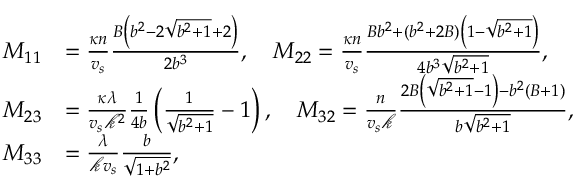
\begin{array} { r l } { M _ { 1 1 } } & { = \frac { \kappa n } { v _ { s } } \frac { B \left( b ^ { 2 } - 2 \sqrt { b ^ { 2 } + 1 } + 2 \right) } { 2 b ^ { 3 } } , \quad M _ { 2 2 } = \frac { \kappa n } { v _ { s } } \frac { B b ^ { 2 } + ( b ^ { 2 } + 2 B ) \left( 1 - \sqrt { b ^ { 2 } + 1 } \right) } { 4 b ^ { 3 } \sqrt { b ^ { 2 } + 1 } } , } \\ { M _ { 2 3 } } & { = \frac { \kappa \lambda } { v _ { s } \mathcal { k } ^ { 2 } } \frac { 1 } { 4 b } \left( \frac { 1 } { \sqrt { b ^ { 2 } + 1 } } - 1 \right) , \quad M _ { 3 2 } = \frac { n } { v _ { s } \mathcal { k } } \frac { 2 B \left( \sqrt { b ^ { 2 } + 1 } - 1 \right) - b ^ { 2 } ( B + 1 ) } { b \sqrt { b ^ { 2 } + 1 } } , } \\ { M _ { 3 3 } } & { = \frac { \lambda } { \mathcal { k } v _ { s } } \frac { b } { \sqrt { 1 + b ^ { 2 } } } , } \end{array}